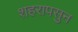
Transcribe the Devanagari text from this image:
शहरापसुन